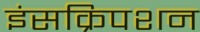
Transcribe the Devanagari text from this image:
इंसक्रिपशन